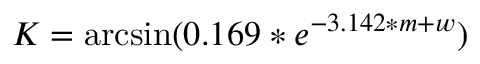
K = \arcsin ( 0 . 1 6 9 * e ^ { - 3 . 1 4 2 * m + w } )